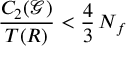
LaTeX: \frac { C _ { 2 } ( \mathcal G ) } { T ( R ) } < \frac { 4 } { 3 } \, N _ { f }